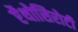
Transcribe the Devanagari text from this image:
ऐंथोसिरोटी